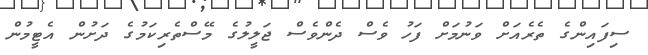
ސިފައިންގެ ތެރެއަށް ވަނުމަށް ފަހު ވެސް ދެންވެސް ޖަލީލުގެ މޭސްތެރިކަމުގެ ދަށުން އެޓީމުން